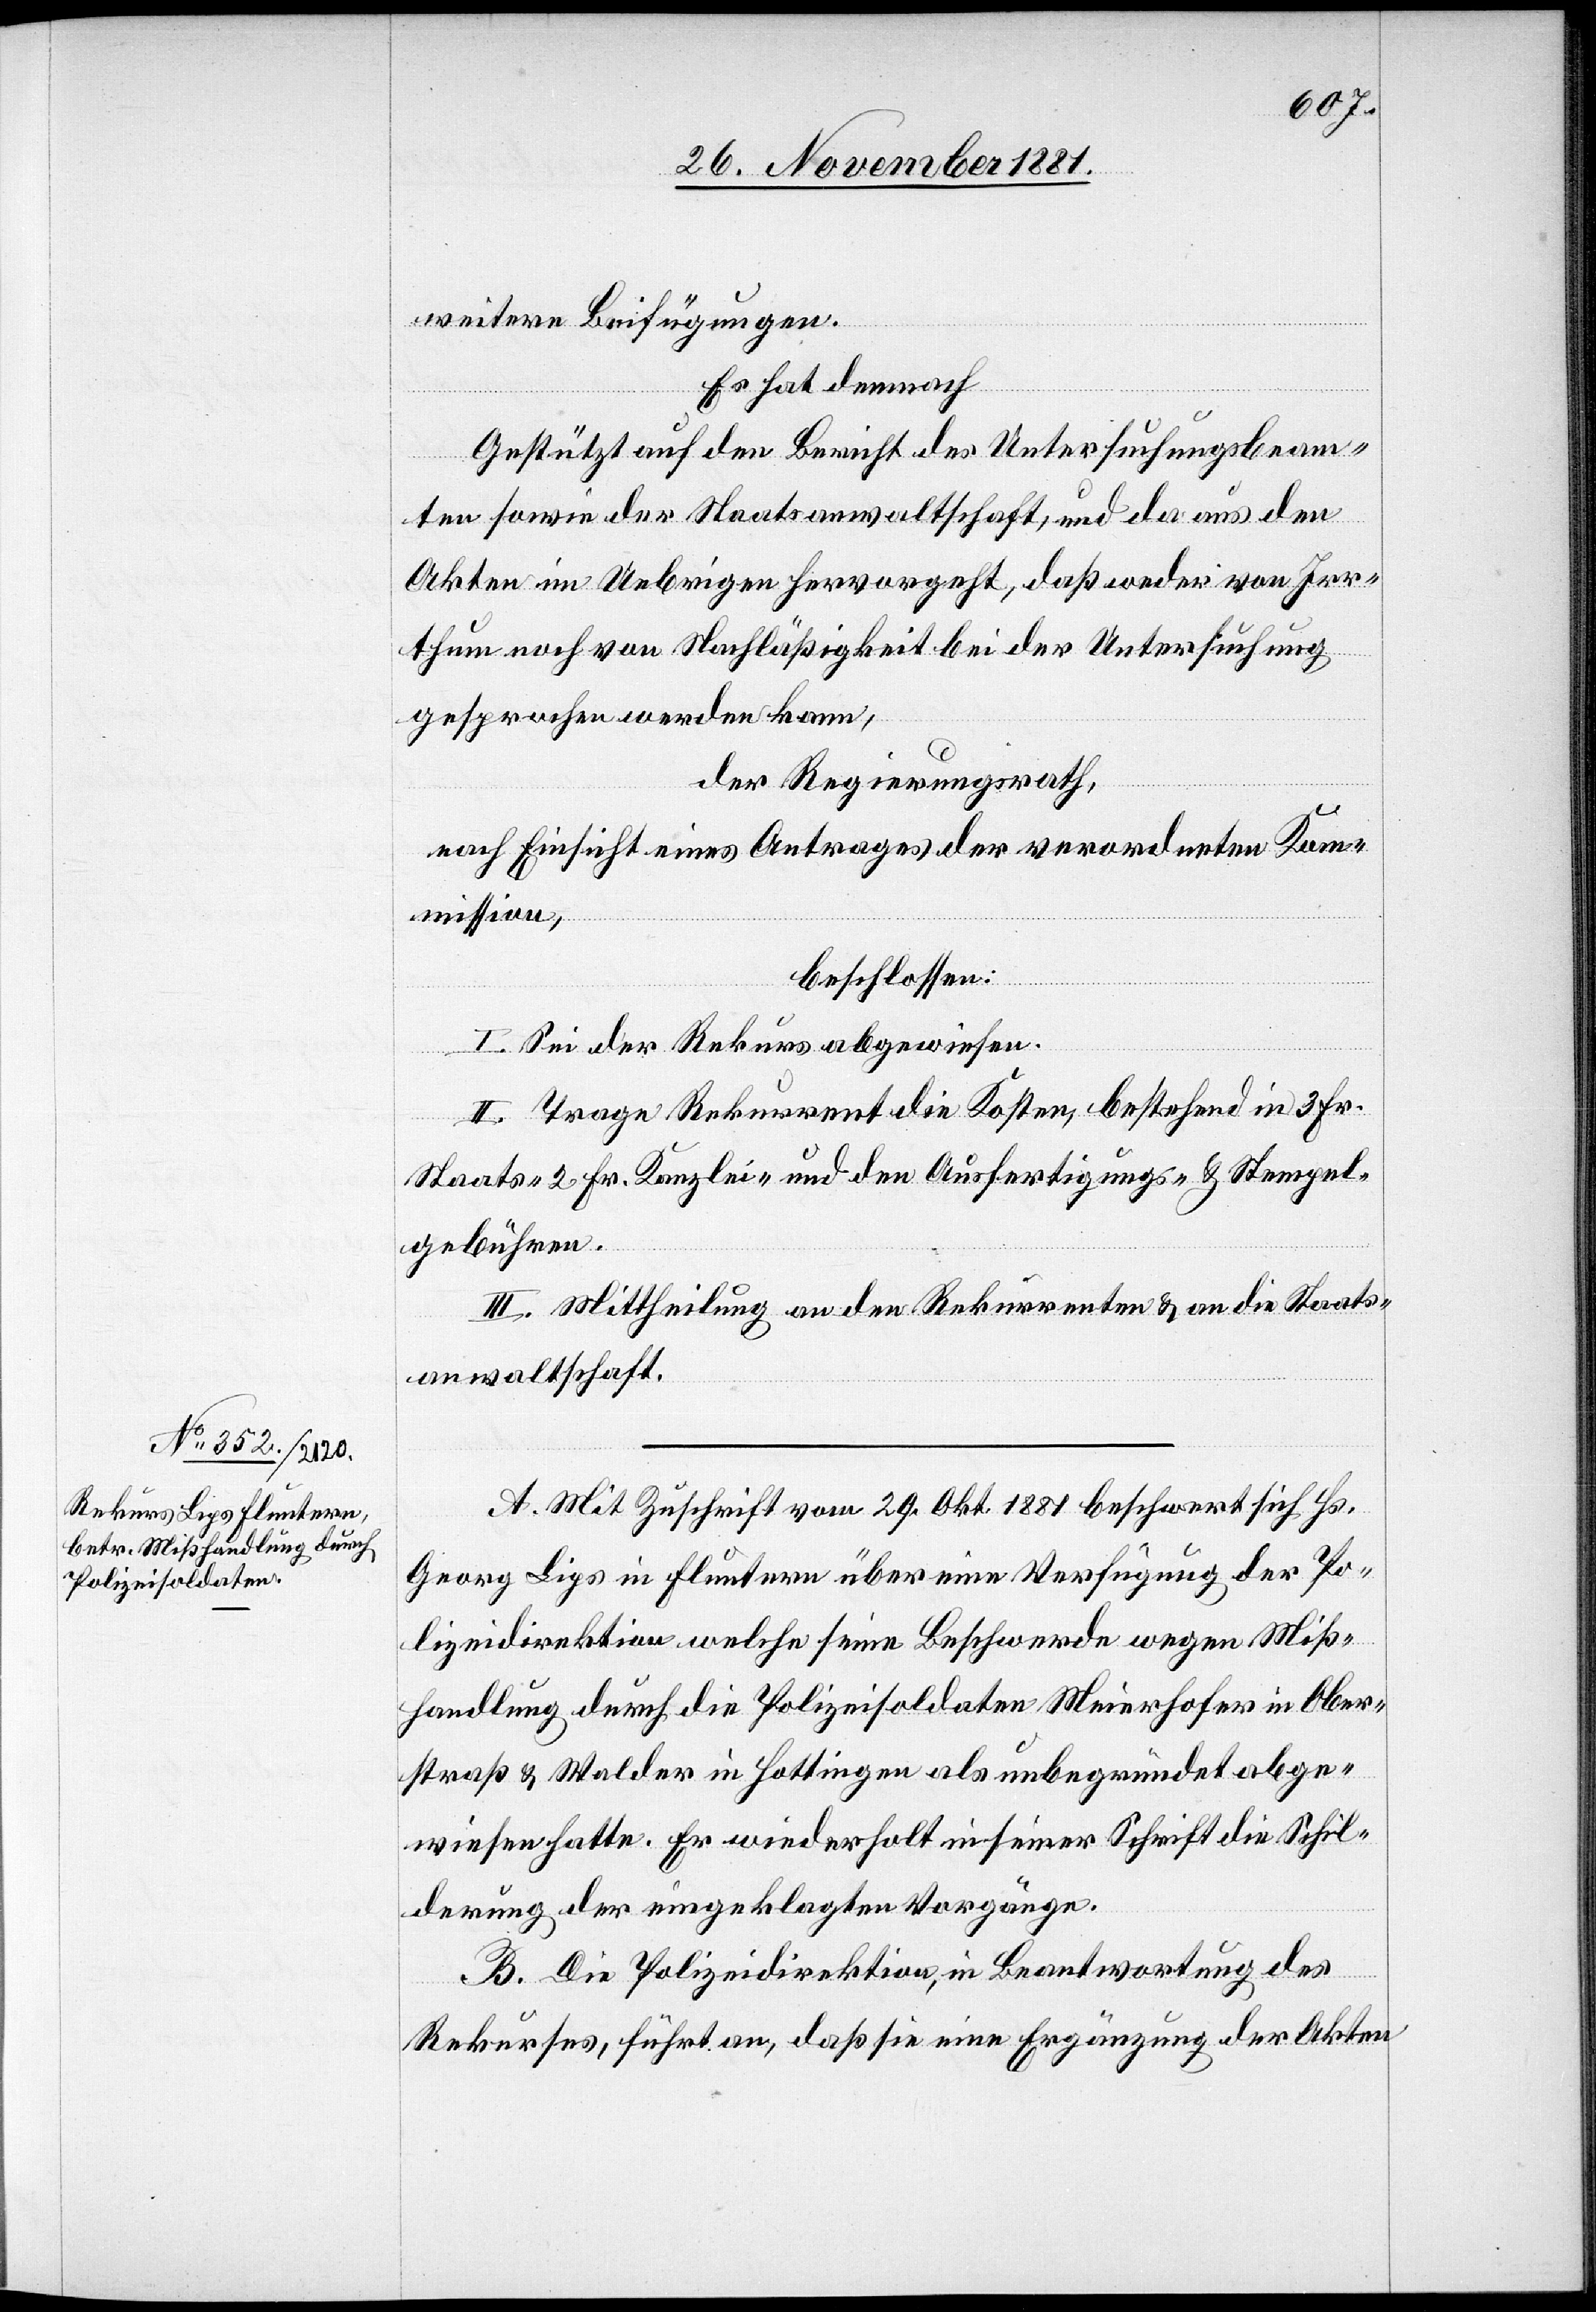
weitere Beifügungen.
Es hat demnach
Gestützt auf den Bericht des Untersuchungsbeam¬
ten sowie der Staatsanwaltschaft, und da aus den
Akten im Uebrigen hervorgeht, daß weder von Irr¬
thum noch von Nachläßigkeit bei der Untersuchung
gesprochen werden kann,
der Regierungsrath,
nach Einsicht eines Antrages der verordneten Kom¬
mission,
beschlossen:
I. Sei der Rekurs abgewiesen.
II. Trage Rekurrent die Kosten, bestehend in 3 Frk.
Staats-[,] 2 Fr. Kanzlei- & den Ausfertigungs- & Stempel¬
gebühren.
III. Mittheilung an den Rekurrenten & an die Staats¬
anwaltschaft.
A. Mit Zuschrift vom 29. Okt. 1881 beschwert sich Hs.
Georg Lips in Fluntern über eine Verfügung der Po¬
lizeidirektion welche seine Beschwerde wegen Miß¬
handlung durch die Polizeisoldaten Meierhofer in Ober¬
straß & Walder in Hottingen als unbegründet abge¬
wiesen hatte. Er wiederholt in seiner Schrift die Schil¬
derung der eingeklagten Vorgänge.
B. Die Polizeidirektion, in Beantwortung des
Rekurses, führt an, daß sie eine Ergänzung der Akten